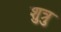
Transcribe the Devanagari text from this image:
शुत्रु